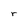
Character: r